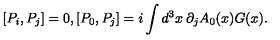
[ P _ { i } , P _ { j } ] = 0 , [ P _ { 0 } , P _ { j } ] = i \int d ^ { 3 } x \: \partial _ { j } A _ { 0 } ( x ) G ( x ) .